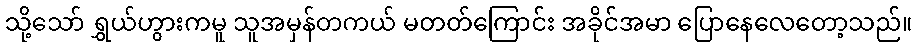
သို့သော် ရွှယ်ဟွားကမူ သူအမှန်တကယ် မတတ်ကြောင်း အခိုင်အမာ ပြောနေလေတော့သည်။